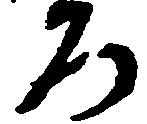
ろ